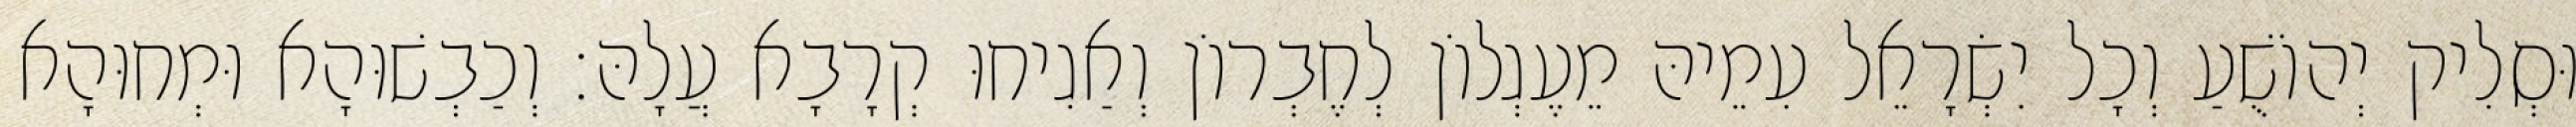
וּסְלִיק יְהוֹשֻׁעַ וְכָל יִשְׂרָאֵל עִמֵיהּ מֵעֶגְלוֹן לְחֶבְרוֹן וְאַגִיחוּ קְרָבָא עֲלָהּ׃ וְכַבְשׁוּהָא וּמְחוּהָא